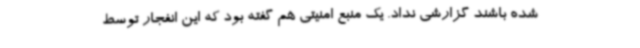
شده باشند گزارشی نداد. یک منبع امنیتی هم گفته بود که این انفجار توسط